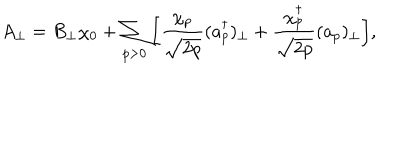
LaTeX: A _ { \perp } = B _ { \perp } \chi _ { 0 } + \sum _ { p > 0 } \bigg [ \frac { \chi _ { p } } { \sqrt { 2 p } } ( a _ { p } ^ { \dagger } ) _ { \perp } + \frac { \chi _ { p } ^ { \dagger } } { \sqrt { 2 p } } ( a _ { p } ) _ { \perp } \bigg ] ,